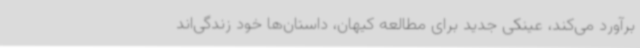
برآورد می‌کند، عینکی جدید برای مطالعه کیهان، داستان‌ها خود زندگی‌اند